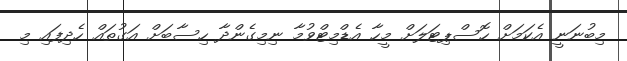
މިބުނަނީ އެކަމަށް ހޮސްޕިޓަލަށް މީހާ އެޑްމިޓްވުމާ ނިމިގެންދާ ހިސާބަށް އަގުތައް ހެދިފައި މި